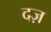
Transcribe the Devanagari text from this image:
दज़